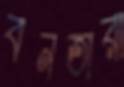
বনতারা